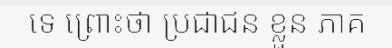
ទេ ព្រោះថា ប្រជាជន ខ្លួន ភាគ